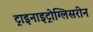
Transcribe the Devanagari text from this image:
ट्राइनाइट्रोग्लिसरीन